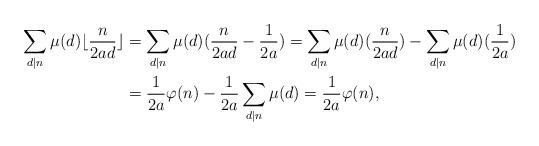
LaTeX: \begin{align*}\sum_{ d\lvert n}\mu(d)\lfloor \frac{n}{2ad}\rfloor&=\sum_{ d\lvert n}\mu(d)(\frac{n}{2ad}-\frac{1}{2a})=\sum_{ d\lvert n}\mu(d)(\frac{n}{2ad})-\sum_{ d\lvert n} \mu(d)(\frac{1}{2a})\\&=\frac{1}{2a} \varphi(n) -\frac{1}{2a}\sum_{ d\lvert n}\mu(d)=\frac{1}{2a} \varphi(n),\end{align*}